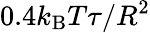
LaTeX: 0.4k_{\mathrm{B}}T\tau/R^{2}